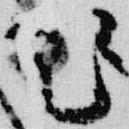
題